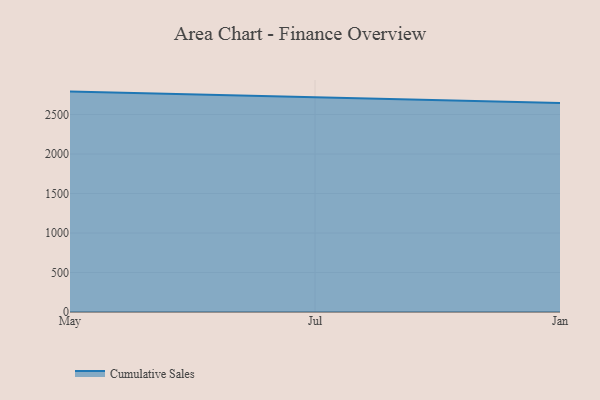
{"axis": {"x": "Month", "y": "Temperature (°C)"}, "legend": ["Cumulative Sales"], "data": [{"x": "May", "y": 2790.1, "type": "Cumulative Sales"}, {"x": "Jul", "y": 2719.6, "type": "Cumulative Sales"}, {"x": "Jan", "y": 2647.2, "type": "Cumulative Sales"}]}